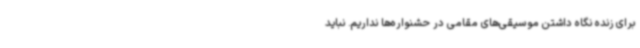
برای زنده نگاه داشتن موسیقی‌های مقامی در حشنواره‌ها نداریم. نباید